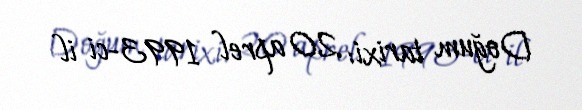
Doğum tarixi: 20 aprel 1993-ci il